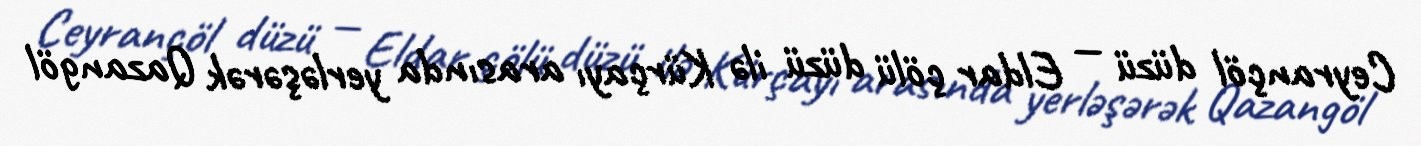
Ceyrançöl düzü — Eldar çölü düzü ilə Kürçayı arasında yerləşərək Qazangöl